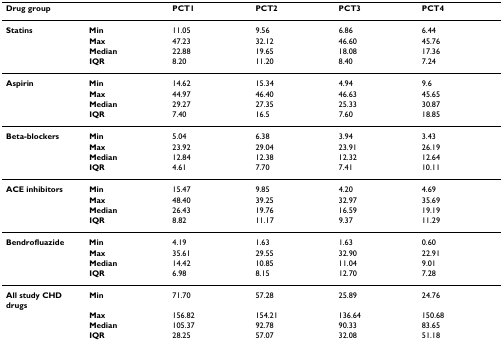
| Drug group |  | PCT1 | PCT2 | PCT3 | PCT4 |
 | --- | --- | --- | --- | --- | --- |
 | Statins | Min | 11.05 | 9.56 | 6.86 | 6.44 |
 |  | Max | 47.23 | 32.12 | 46.60 | 45.76 |
 |  | Median | 22.88 | 19.65 | 18.08 | 17.36 |
 |  | IQR | 8.20 | 11.20 | 8.40 | 7.24 |
 | Aspirin | Min | 14.62 | 15.34 | 4.94 | 9.6 |
 |  | Max | 44.97 | 46.40 | 46.63 | 45.65 |
 |  | Median | 29.27 | 27.35 | 25.33 | 30.87 |
 |  | IQR | 7.40 | 16.5 | 7.60 | 18.85 |
 | Beta-blockers | Min | 5.04 | 6.38 | 3.94 | 3.43 |
 |  | Max | 23.92 | 29.04 | 23.91 | 26.19 |
 |  | Median | 12.84 | 12.38 | 12.32 | 12.64 |
 |  | IQR | 4.61 | 7.70 | 7.41 | 10.11 |
 | ACE inhibitors | Min | 15.47 | 9.85 | 4.20 | 4.69 |
 |  | Max | 48.40 | 39.25 | 32.97 | 35.69 |
 |  | Median | 26.43 | 19.76 | 16.59 | 19.19 |
 |  | IQR | 8.82 | 11.17 | 9.37 | 11.29 |
 | Bendrofluazide | Min | 4.19 | 1.63 | 1.63 | 0.60 |
 |  | Max | 35.61 | 29.55 | 32.90 | 22.91 |
 |  | Median | 14.42 | 10.85 | 11.04 | 9.01 |
 |  | IQR | 6.98 | 8.15 | 12.70 | 7.28 |
 | All study CHD drugs | Min | 71.70 | 57.28 | 25.89 | 24.76 |
 |  | Max | 156.82 | 154.21 | 136.64 | 150.68 |
 |  | Median | 105.37 | 92.78 | 90.33 | 83.65 |
 |  | IQR | 28.25 | 57.07 | 32.08 | 51.18 |